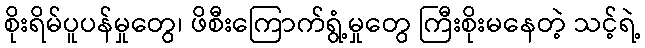
စိုးရိမ်ပူပန်မှုတွေ၊ ဖိစီးကြောက်ရွံ့မှုတွေ ကြီးစိုးမနေတဲ့ သင့်ရဲ့